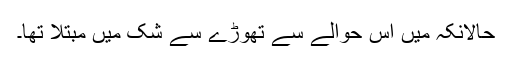
حالانکہ میں اس حوالے سے تھوڑے سے شک میں مبتلا تھا۔